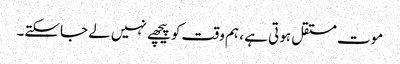
موت مستقل ہوتی ہے ، ہم وقت کو پیچھے نہیں لے جاسکتے۔